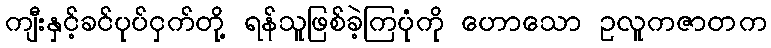
ကျီးနှင့်ခင်ပုပ်ငှက်တို့ ရန်သူဖြစ်ခဲ့ကြပုံကို ဟောသော ဥလူကဇာတက